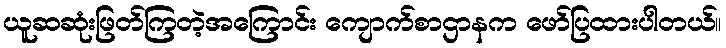
ယူဆဆုံးဖြတ်ကြတဲ့အကြောင်း ကျောက်စာဌာနက ဖော်ပြထားပါတယ်။